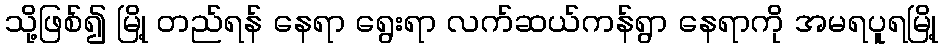
သို့ဖြစ်၍ မြို့ တည်ရန် နေရာ ရွေးရာ လက်ဆယ်ကန်ရွာ နေရာကို အမရပူရမြို့